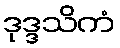
ဒုဒ္ဒသိကံ